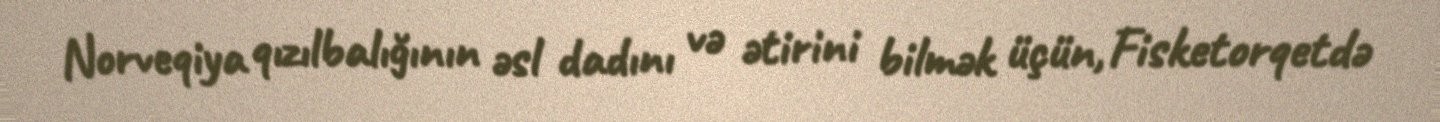
Norveqiya qızılbalığının əsl dadını və ətirini bilmək üçün, Fisketorqetdə